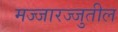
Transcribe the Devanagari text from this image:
मज्जारज्जुतील